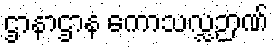
ဌာနာဌာန ကောသလ္လဉာဏ်